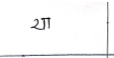
मजकूर: या